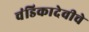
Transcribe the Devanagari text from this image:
चंडिकादेवीचे